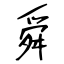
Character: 舜